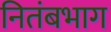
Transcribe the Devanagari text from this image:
नितंबभाग